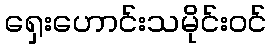
ရှေးဟောင်းသမိုင်းဝင်